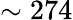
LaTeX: \sim 274